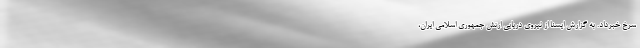
سرخ خبرداد. به گزارش ایسنا از نیروی دریایی ارتش جمهوری اسلامی ایران،